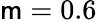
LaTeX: \mathsf{m}=0.6